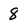
Character: 8